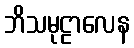
ဘိသမုဠာလေန